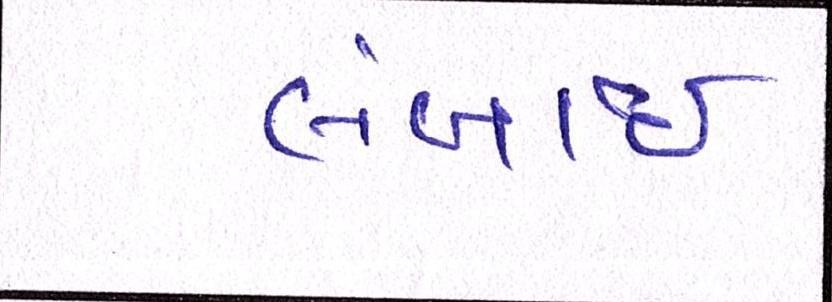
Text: લંબાઈ